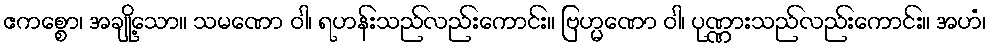
ဧကစ္စော၊ အချို့သော။ သမဏော ဝါ၊ ရဟန်းသည်လည်းကောင်း။ ဗြဟ္မဏော ဝါ၊ ပုဏ္ဏားသည်လည်းကောင်း။ အဟံ၊